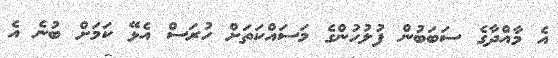
އެ މާއްދާގެ ސަބަބުން ފުލުހުންގެ މަސައްކަތަށް ހުރަސް އެޅޭ ކަމަށް ބުނެ އެ